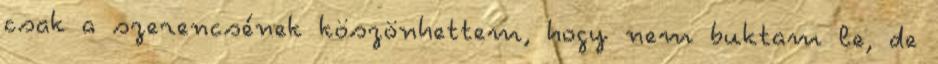
csak a szerencsének köszönhettem, hogy nem buktam le, de